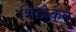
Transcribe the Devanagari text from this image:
शिडोकन